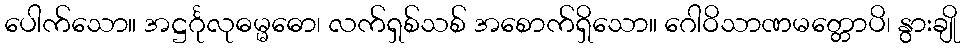
ပေါက်သော။ အဋ္ဌင်္ဂုလုဓမ္မဓော၊ လက်ရှစ်သစ် အစောက်ရှိသော။ ဂေါဝိသာဏမတ္တောပိ၊ နွားချို